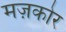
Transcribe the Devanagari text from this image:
मज़कोर